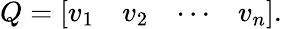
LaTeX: Q={\left[\begin{array}{llll}{v_{1}}&{v_{2}}&{\cdots}&{v_{n}}\end{array}\right]}.